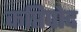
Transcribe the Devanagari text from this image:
कप्तिपोद